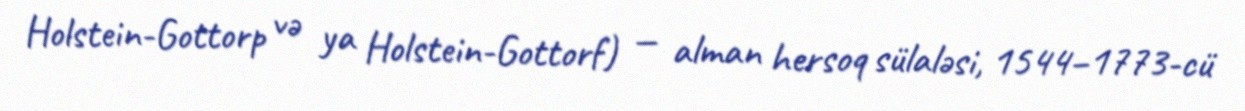
Holstein-Gottorp və ya Holstein-Gottorf) — alman hersoq sülaləsi, 1544–1773-cü